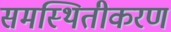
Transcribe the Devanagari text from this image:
समस्थितीकरण